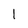
Character: 1